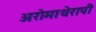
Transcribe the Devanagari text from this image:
अरोमाथेरापी